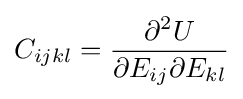
C_{ijkl}={\frac {\partial ^{2}U}{\partial E_{ij}\partial E_{kl}}}